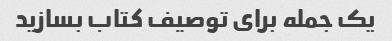
یک جمله برای توصیف کتاب بسازید